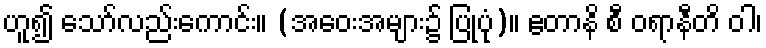
ဟူ၍ သော်လည်းကောင်း။ (အဝေးအများ၌ ပြုပုံ)။ ဧတာနိ စီ ဝရာနီတိ ဝါ၊